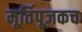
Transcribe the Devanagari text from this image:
मूर्तिपूजकच